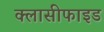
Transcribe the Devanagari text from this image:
क्लासीफाइड